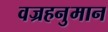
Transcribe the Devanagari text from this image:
वज्रहनुमान